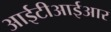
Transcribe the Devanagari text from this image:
आईटीआईआर